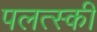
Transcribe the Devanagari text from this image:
पलत्स्की